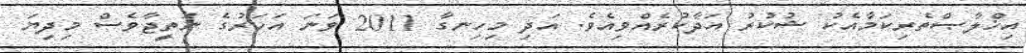
އިޚްލާޞްތެރިކަމާއެކު ޝުކުރު އަދާކުރެއްވިއެވެ. އަދި މިހިނގާ 2011 ވަނަ އަހަރުގެ ނަތީޖާވެސް މިދިޔަ